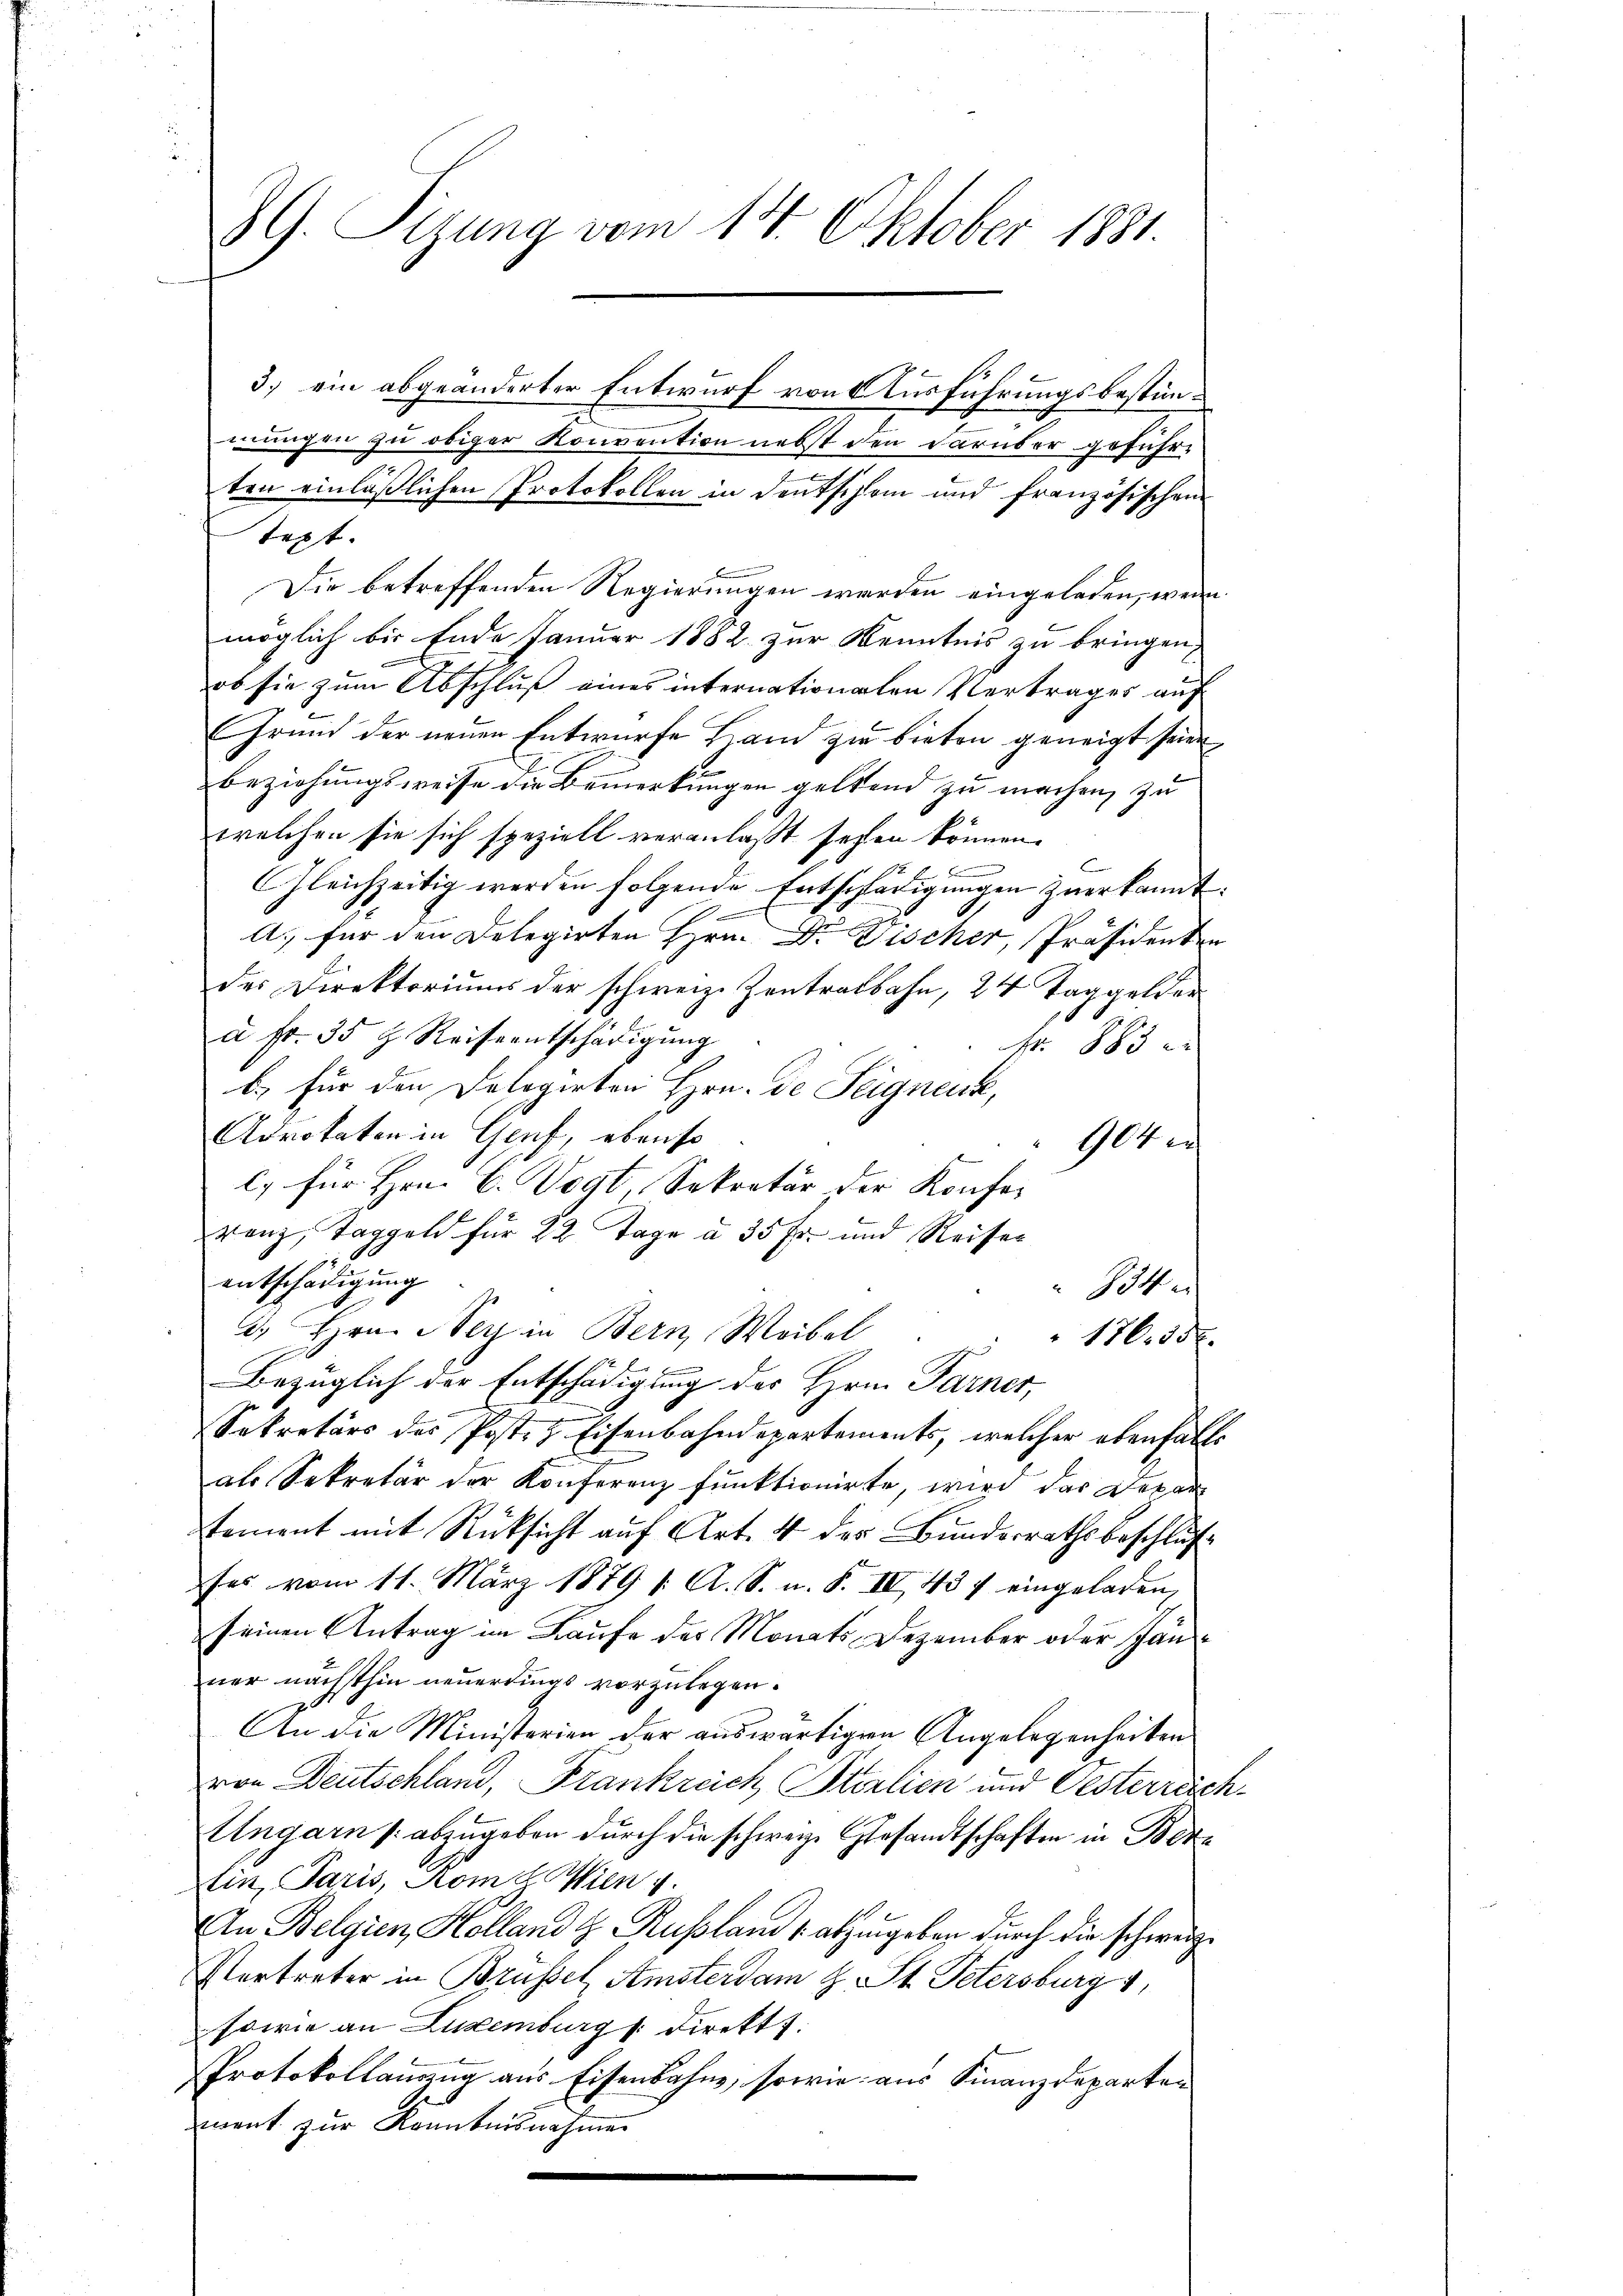
89. Sizung vom 14. Oktober 1881

3.) ein abgeänderter Entwurf von Ausführungsbestimmungen zu obiger Konvention nebst den darüber geführten einläßlichen Protokollen in Deutschem und französischen
Text.
Die betreffenden Regierungen werden eingeladen, wenn
möglich bis Ende Januar 1882 zur Kenntnis zu bringen,
ob sie zum Abschluß eines internationalen Vertrages auf
Grund der neuen Entwurfe Bern zu bieten geneigt seine
Beziehungsweise die Bemerkungen geltend zu machen, zu
welchen sie sich speziell veranlaßt sehen können.
mung
GGleichzeitig werden folgende Entschädigungen zuerkannt:
A. für den Delegirten Hrn. Dr. Discher, Präsidenten
des Direktoriums der schweiz. Zentralbahn, 24 Taggelder
8
à Fr. 35 & Reiseentschädigung
Nr. 1883
b) für den Delegirten Hrn. De Teignenk,
Advokaten in Genf, ebenso
An
l. für Hrn. C. Vogt Sekretär der Konfevanz, Taggeld für 22 Tage u. 35 Fr. und Reiser
entschädigung
14.
d. Hrn. Sey in Bern Weibel
176. 15 x
f x
Bezüglich der Entschädigung des Hrn. Farner,
Sekretärs des Post. z. Eisenbahndepartements, welcher ebenfalls
als Sekretär der Konferenz funktionirte, wird das Depar
tement mit Rücksicht auf Art. 4 der Bunderrathsbeschluß
fes vom 11. März 1879 /: A. S. n. F. IV 437 eingeladen,
seinen Antrag im Laufe des Monats Dezember oder Jan
ner nächsthin neuerdings vorzulegen.
An die Ministerien der auswärtigen Angelegenheiten
von Deutschland, Frankreich Sterlien und Oesterrisch
Ungarn / abzugeben durch die schwerze Gesandtschaften in Berein, Paris, Rom d. Wien 4.
An Belgien Holland z. Russland , abzugeben durch die schweize
Vertreter in Brüssel Amsterdam H. St. Petersburg 1
sowie an Luxenburg s. direkt
Protokollauszug aus Eisenbahne, sowie aus Finanzdeparten
ment zur Kenntnisnahmen
e